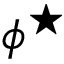
\phi ^ { \star }